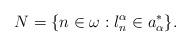
LaTeX: \begin{align*}N=\{n\in \omega: l_n^\alpha \in a_\alpha^* \}. \end{align*}